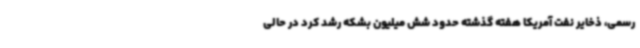
رسمی، ذخایر نفت آمریکا هفته گذشته حدود شش میلیون بشکه رشد کرد در حالی